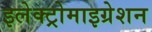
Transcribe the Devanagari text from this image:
इलेक्ट्रोमाइग्रेशन